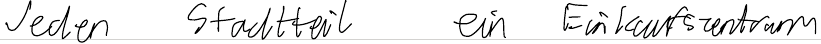
Jeden Stadtteil ein Einkaufszentrum